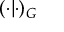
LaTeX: ( \cdot | \cdot ) _ { G }